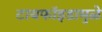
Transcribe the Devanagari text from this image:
टायफॉइडामुळे